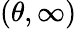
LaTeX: (\theta,\infty)